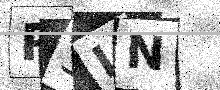
Text: P3IN